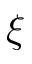
\xi